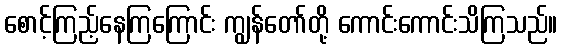
စောင့်ကြည့်နေကြကြောင်း ကျွန်တော်တို့ ကောင်းကောင်းသိကြသည်။